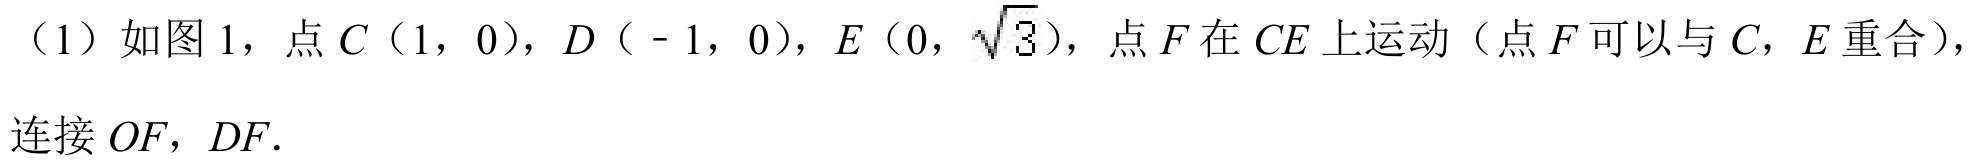
（1）如图 1，点 \(C(1,0)\)，\(D(-1,0)\)，\(E(0,\sqrt{3})\)，点 \(F\) 在 \(CE\) 上运动（点 \(F\) 可以与 \(C\)，\(E\) 重合），
连接 \(OF\)，\(DF\).